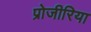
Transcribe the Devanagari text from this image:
प्रोजीरिया